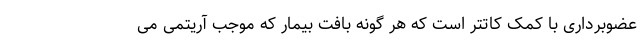
عضوبرداری با کمک کاتتر است که هر گونه بافت بیمار که موجب آریتمی می